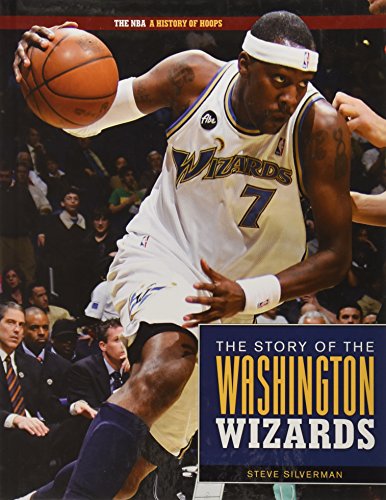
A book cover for Washington Wizards (NBA: A History of Hoops); Steve Silverman; Teen & Young Adult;